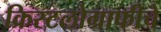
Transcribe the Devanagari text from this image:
क्रिस्टलोग्राफीचे